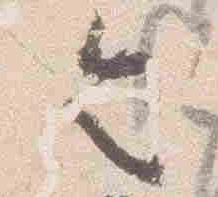
令